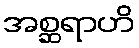
အစ္ဆရာဟိ